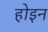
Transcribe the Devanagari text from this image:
होइन